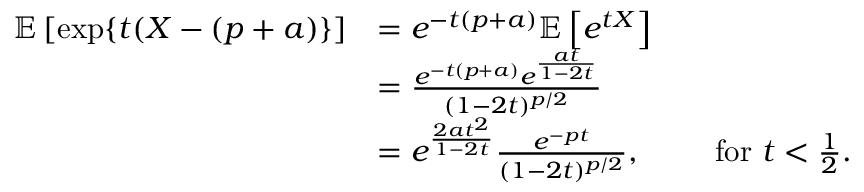
\begin{array} { r l } { \mathbb { E } \left[ \exp \{ t ( X - ( p + a ) \} \right] } & { = e ^ { - t ( p + a ) } \mathbb { E } \left[ e ^ { t X } \right] } \\ & { = \frac { e ^ { - t ( p + a ) } e ^ { \frac { a t } { 1 - 2 t } } } { ( 1 - 2 t ) ^ { p / 2 } } } \\ & { = e ^ { \frac { 2 a t ^ { 2 } } { 1 - 2 t } } \frac { e ^ { - p t } } { ( 1 - 2 t ) ^ { p / 2 } } , \qquad \mathrm { ~ f o r ~ } t < \frac { 1 } { 2 } . } \end{array}